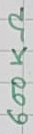
Text: 600KΩ